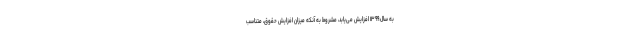
به سال ۱۳۹۹ افزایش می‌یابد، مشروط به آنکه میزان افزایش حقوق، متناسب